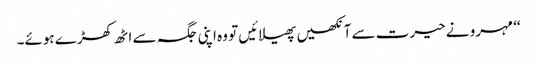
‘‘ مہرو نے حیرت سے آنکھیں پھیلائیں تو وہ اپنی جگہ سے اٹھ کھڑے ہوئے۔